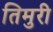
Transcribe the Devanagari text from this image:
तिमुरी